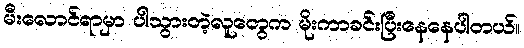
မီးလောင်ရာမှာ ပါသွားတဲ့လူတွေက မိုးကာခင်းပြီးနေနေပါတယ်။